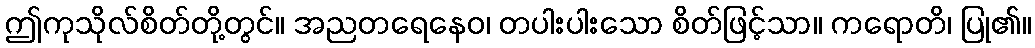
ဤကုသိုလ်စိတ်တို့တွင်။ အညတရေနေဝ၊ တပါးပါးသော စိတ်ဖြင့်သာ။ ကရောတိ၊ ပြု၏။